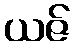
ယဇ်